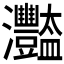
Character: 𤅿